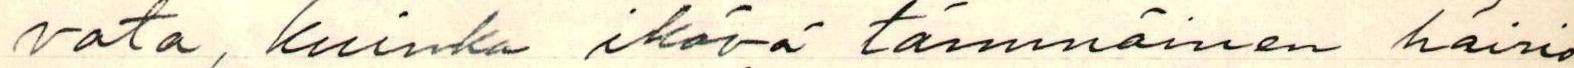
vata, kuinka ikävä tämmöinen häirio